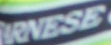
RNESE